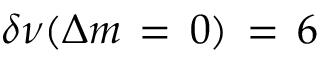
\delta \nu ( \Delta m \, = \, 0 ) \, = \, 6